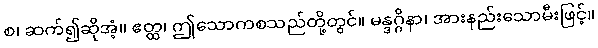
စ၊ ဆက်၍ဆိုအံ့။ ဧတ္ထ၊ ဤသောကစသည်တို့တွင်။ မန္ဒဂ္ဂိနာ၊ အားနည်းသောမီးဖြင့်။